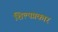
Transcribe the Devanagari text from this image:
शिल्पप्रकार